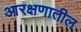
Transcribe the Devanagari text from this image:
आरक्षणातील